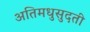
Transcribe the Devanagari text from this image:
अतिमधुसुदती